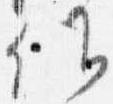
候